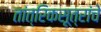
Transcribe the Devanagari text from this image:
तांत्रिकसूत्रांचे